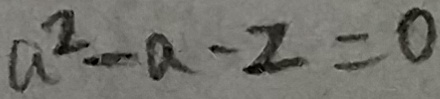
a ^ { 2 } - a - 2 = 0